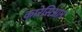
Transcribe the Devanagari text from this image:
कारेसिआन